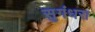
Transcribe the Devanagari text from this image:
सुगंधरा